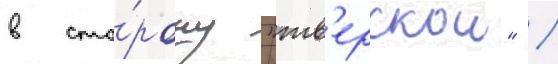
в сто́рону "тв'ерскои" /